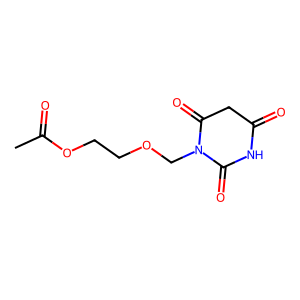
SMILES: CC(=O)OCCOCN1C(=O)CC(=O)NC1=O
Inhibits HIV replication: No